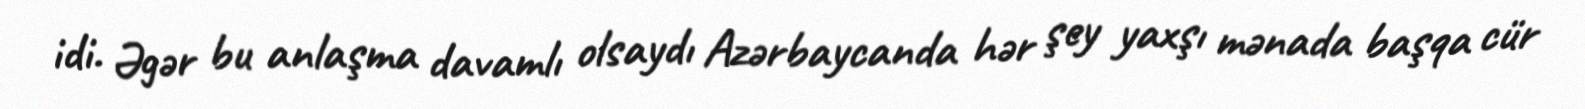
idi. Əgər bu anlaşma davamlı olsaydı Azərbaycanda hər şey yaxşı mənada başqa cür